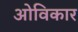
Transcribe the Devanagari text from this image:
ओविकार